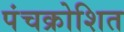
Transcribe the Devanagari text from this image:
पंचक्रोशित